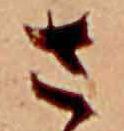
さ